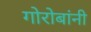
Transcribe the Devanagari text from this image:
गोरोबांनी